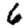
Digit: 6